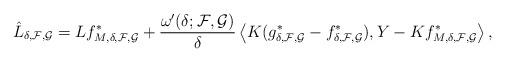
LaTeX: \begin{align*} \hat L_{\delta,\mathcal{F},\mathcal{G}} =Lf_{M,\delta,\mathcal{F},\mathcal{G}}^{*}+\frac{\omega'(\delta;\mathcal{F},\mathcal{G})}{\delta} \left\langle K(g^{*}_{\delta,\mathcal{F},\mathcal{G}}-f^{*}_{\delta,\mathcal{F},\mathcal{G}}),Y-Kf^{*}_{M,\delta,\mathcal{F},\mathcal{G}} \right\rangle,\end{align*}